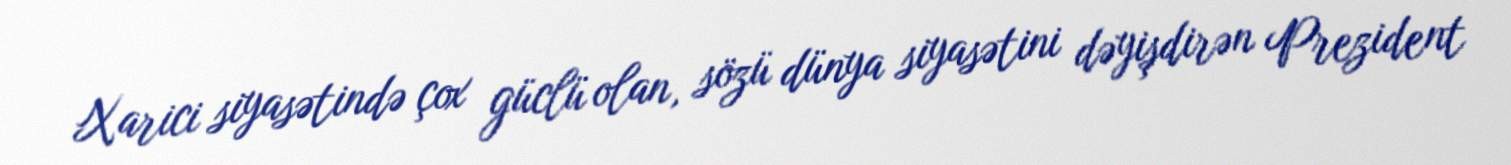
Xarici siyasətində çox güclü olan, sözü dünya siyasətini dəyişdirən Prezident